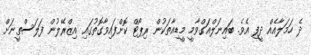
ދެ ހަމަލާއެއް ދީފި އެވެ. ބައިނަލްއަގްވާމީ މީޑިއާތަކުން ރިޕޯޓް ކޮށްފައިވާގޮތުގައި އިޒްރޭލުން ފަލަސްތީނަށް